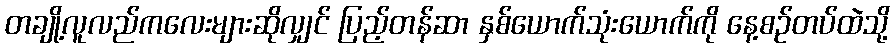
တချို့လူလည်ကလေးများဆိုလျှင် ပြည့်တန်ဆာ နှစ်ယောက်သုံးယောက်ကို နေ့စဉ်တပ်ထဲသို့